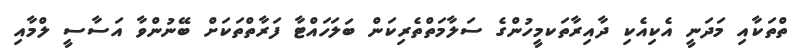
ތްތަކާއި މަދަނީ އެކިއެކި ދާއިރާތަކމީހުންގެ ސަލާމަތްތެރިކަން ބަލަހައްޓާ ފަރާތްތަކަށް ބޭނުންވާ އަސާސީ ލްމާއި